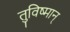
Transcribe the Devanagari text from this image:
तुविष्मान्